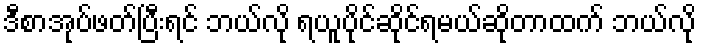
ဒီစာအုပ်ဖတ်ပြီးရင် ဘယ်လို ရယူပိုင်ဆိုင်ရမယ်ဆိုတာထက် ဘယ်လို